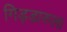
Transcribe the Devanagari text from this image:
गिड्डारुला